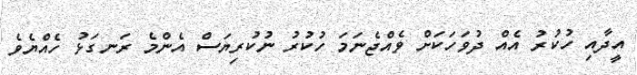
އީދާއި ހުކުރު އެއް ދުވަހަކަށް ވެއްޖެނަމަ ހުކުރު ނުކުރިޔަސް އެންމެ ރަނގަޅު ހެއްޔެވެ